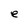
Character: e